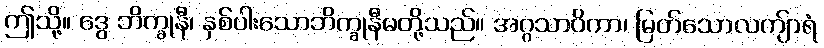
ဤသို့။ ဒွေ ဘိက္ခုနီ၊ နှစ်ပါးသောဘိက္ခုနီမတို့သည်။ အဂ္ဂသာဝိကာ၊ မြတ်သောလကျ်ာရံ